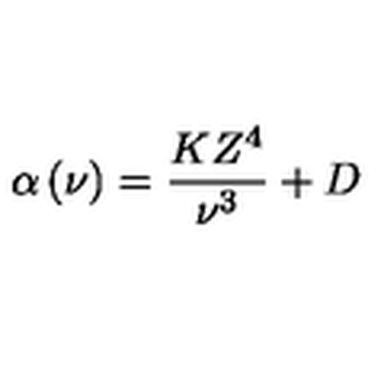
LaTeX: \alpha \left( \nu \right) = \frac { K Z ^ { 4 } } { \nu ^ { 3 } } + D